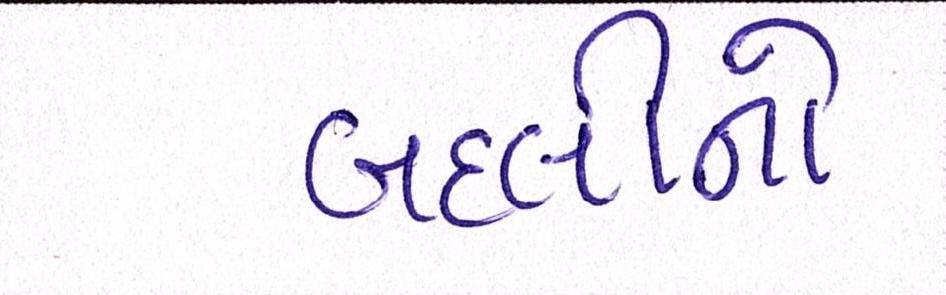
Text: બદલીનો